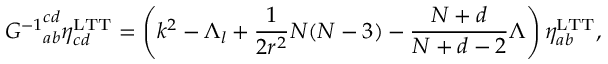
{ { \cal G } ^ { - 1 } } _ { a b } ^ { c d } \eta _ { c d } ^ { \mathrm { L T T } } = \left( k ^ { 2 } - \Lambda _ { l } + \frac { 1 } { 2 r ^ { 2 } } N ( N - 3 ) - \frac { N + d } { N + d - 2 } \Lambda \right) \eta _ { a b } ^ { \mathrm { L T T } } ,